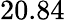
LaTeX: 20.84